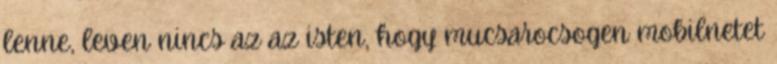
lenne, leven nincs az az isten, hogy mucsarocsogen mobilnetet